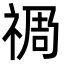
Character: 𮂁